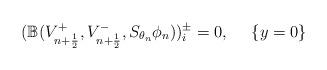
LaTeX: \begin{align*}({\mathbb B}(V^{+}_{n+\frac 12},V^{-}_{n+\frac 12},S_{\theta_n}\phi_{n}))_i^\pm=0, \quad~ \{y=0\}\end{align*}